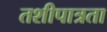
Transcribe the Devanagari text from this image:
तशीपात्रता